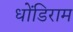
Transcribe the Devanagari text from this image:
धोंडिराम